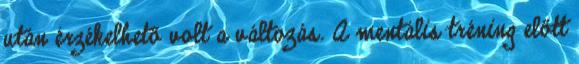
után érzékelhető volt a változás. A mentális tréning előtt